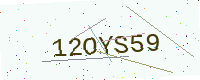
Text: 12OYS59